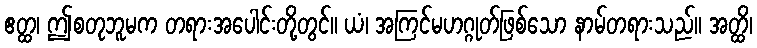
ဧတ္ထ၊ ဤစတုဘူမက တရားအပေါင်းတို့တွင်။ ယံ၊ အကြင်မဟဂ္ဂုတ်ဖြစ်သော နာမ်တရားသည်။ အတ္ထိ၊